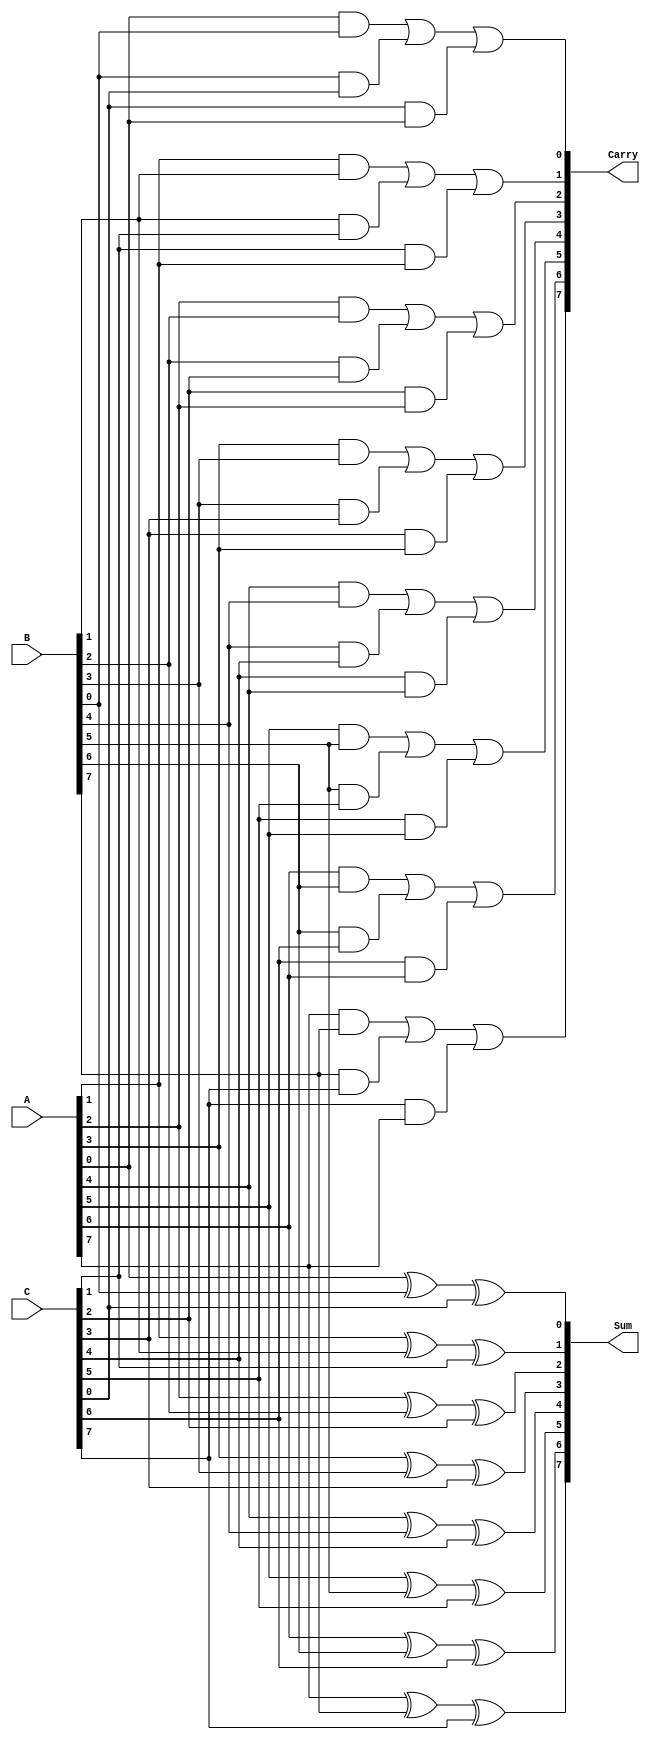
module CarrySaveAdder #(
    parameter N = 8  // Bit-width of the inputs
)(
    input  [N-1:0] A,  // First input
    input  [N-1:0] B,  // Second input
    input  [N-1:0] C,  // Third input
    output [N-1:0] Sum, // Sum output
    output [N-1:0] Carry // Carry output
);

    // Internal wires for carry and sum
    wire [N-1:0] sum_temp;
    wire [N-1:0] carry_temp;

    // Generate sum and carry for each bit position
    genvar i;
    generate
        for (i = 0; i < N; i = i + 1) begin : CSA_Bit
            // Calculate the sum bit using XOR
            assign sum_temp[i] = A[i] ^ B[i] ^ C[i];
            
            // Calculate the carry bit using AND and OR
            assign carry_temp[i] = (A[i] & B[i]) | (B[i] & C[i]) | (C[i] & A[i]);
        end
    endgenerate

    // Assign the outputs
    assign Sum = sum_temp;
    assign Carry = carry_temp;

endmodule